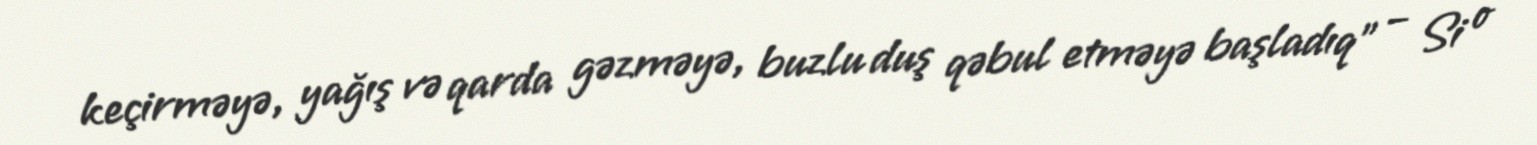
keçirməyə, yağış və qarda gəzməyə, buzlu duş qəbul etməyə başladıq” – Si o